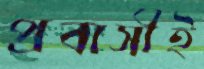
প্রবাসীই